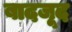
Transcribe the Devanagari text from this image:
बादजूद